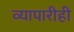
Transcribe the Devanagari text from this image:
व्यापारीही